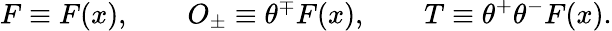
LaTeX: F\equiv F(x),\qquad O_{\pm}\equiv\theta^{\mp}F(x),\qquad T\equiv\theta^{+}\theta^{-}F(x).